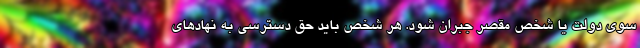
سوی دولت یا شخص مقصر جبران شود. هر شخص باید حق دسترسی به نهادهای